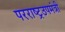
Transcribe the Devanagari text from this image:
परराष्ट्रउपमंत्री